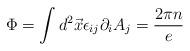
LaTeX: \begin{align*}\Phi = \int d^{2}\vec{x} \epsilon_{ij}\partial_{i}A_{j} = \frac{2\pi n}{e}\end{align*}